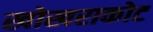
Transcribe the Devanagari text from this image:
खोखराकोट